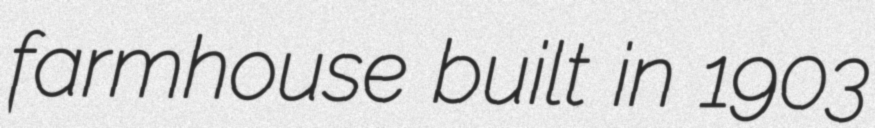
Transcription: farmhouse built in 1903